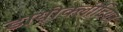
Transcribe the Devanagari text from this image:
डायोक्लीटियन